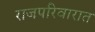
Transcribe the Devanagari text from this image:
राजपरिवारात